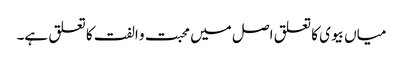
میاں بیوی کا تعلق اصل میں محبت و الفت کا تعلق ہے۔